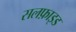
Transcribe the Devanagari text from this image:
सलफ़ाइड